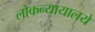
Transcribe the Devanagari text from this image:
लोकन्यायालये